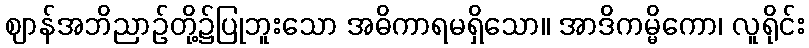
ဈာန်အဘိညာဉ်တို့၌ပြုဘူးသော အဓိကာရမရှိသော။ အာဒိကမ္မိကော၊ လူရိုင်း